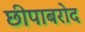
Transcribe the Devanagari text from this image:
छीपाबरोद